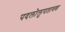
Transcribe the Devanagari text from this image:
पदलोलुपतावश